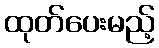
ထုတ်ပေးမည့်